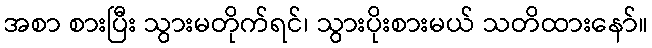
အစာ စားပြီး သွားမတိုက်ရင်၊ သွားပိုးစားမယ် သတိထားနော်။